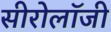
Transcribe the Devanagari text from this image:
सीरोलॉजी